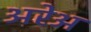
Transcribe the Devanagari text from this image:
अरेअ